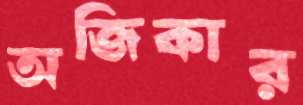
অজিকার